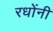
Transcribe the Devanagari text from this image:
रधोंनी